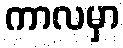
ကာလမှာ